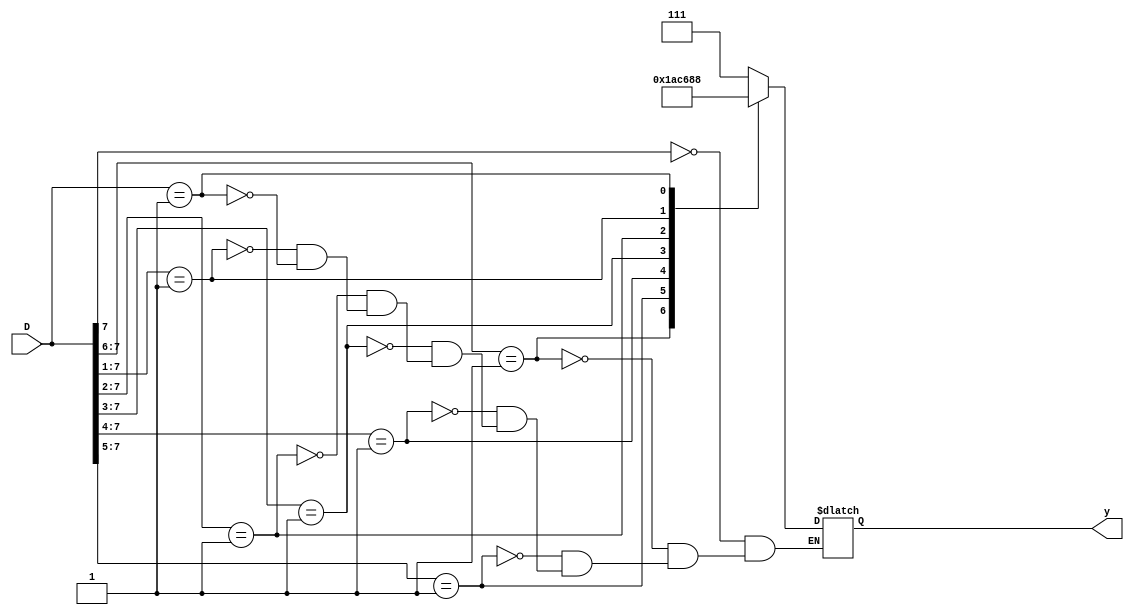
module priority_enco( input [7:0] D,
 output reg [2:0] y
); 
always@(D) 
begin
 casex(D)
 8'b1xxx_xxxx: y = 3'b111;
 8'b01xx_xxxx: y = 3'b110;
 8'b001x_xxxx: y = 3'b101;
 8'b0001_xxxx: y = 3'b100;
 8'b0000_1xxx: y = 3'b011;
 8'b0000_01xx: y = 3'b010;
 8'b0000_001x: y = 3'b001;
 8'b0000_0001: y = 3'b000; 
endcase 
end
 endmodule